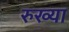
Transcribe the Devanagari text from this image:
रुख्या